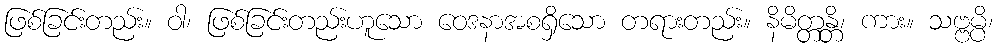
ဖြစ်ခြင်းတည်း။ ဝါ၊ ဖြစ်ခြင်းတည်းဟူသော ဝေဒနာအစရှိသော တရားတည်း။ နိမိတ္တန္တိ၊ ကား။ သဗ္ဗမ္ပိ၊